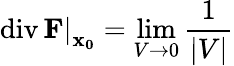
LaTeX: \left.\operatorname{div}\mathbf{F}\right|_{\mathbf{x_{0}}}=\operatorname*{lim}_{V\rightarrow 0}{\frac{1}{|V|}}